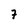
Character: 7